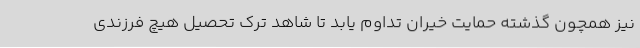
نیز همچون گذشته حمایت خیران تداوم یابد تا شاهد ترک تحصیل هیچ فرزندی